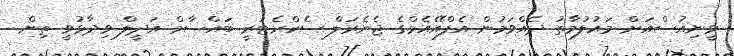
ވީނިއުސްއަށް މައުލުމާތު ދެއްވަމުން އެފްއޭއެމްގެ ޖެނެރަލް ސެކްރެޓަރީ ބައްސާމް އަދީލް ވިދާޅުވީ ތިން